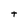
Character: t